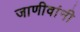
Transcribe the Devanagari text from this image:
जाणीवांनी